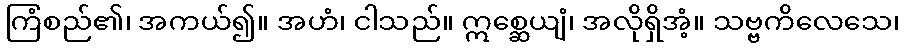
ကြံစည်၏၊ အကယ်၍။ အဟံ၊ ငါသည်။ ဣစ္ဆေယျံ၊ အလိုရှိအံ့။ သဗ္ဗကိလေသေ၊